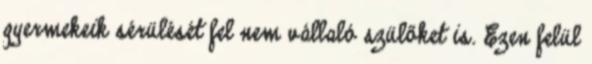
gyermekeik sérülését fel nem vállaló szülőket is. Ezen felül